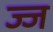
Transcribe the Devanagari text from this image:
ज्ज